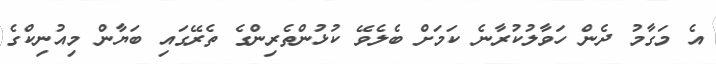
އެ މަގާމު ދެން ހަވާލުކުރާނެ ކަމަށް ބެލެވޭ ކުޅުންތެރިންގެ ތެރޭގައި ބަޔާން މިއުނިކްގެ